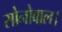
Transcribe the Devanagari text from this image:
सोनोवाल।